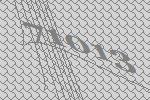
71013